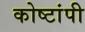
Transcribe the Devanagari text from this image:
कोष्टांपी